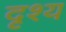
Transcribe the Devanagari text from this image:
दृश्‍य